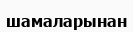
шамаларынан